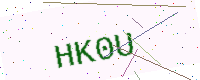
Text: HK0U